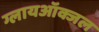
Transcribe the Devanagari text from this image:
ग्लायऑक्जल